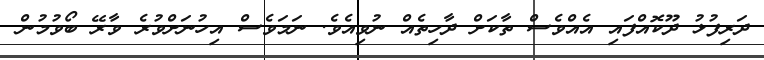
ދަރިފުޅު ދޫކޮއްފައި އެއްވެސް ތާކަށް ދާހިތެއް ނުވިއެވެ. ނަމަވެސް އިހުނަށްވުރެ ވާރޭ ބޯވުމުން